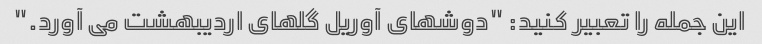
این جمله را تعبیر کنید: "دوشهای آوریل گلهای اردیبهشت می آورد."